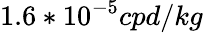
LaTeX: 1.6*10^{-5}cpd/kg